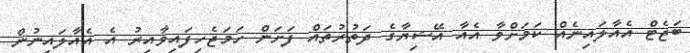
ބަޖެޓް އެއާލައިނެއް ކަމަށްވާ އެއާ އޭޝިޔާގެ ދަތުރުތައް ފަށަން ހަމަޖެހިފައިވާއިރު އެ އެއާލައިނުން